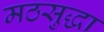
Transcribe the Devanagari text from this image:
मठसुद्धा